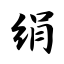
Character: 绢